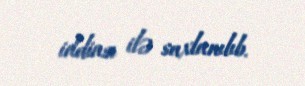
iddiası ilə saxlanılıb.